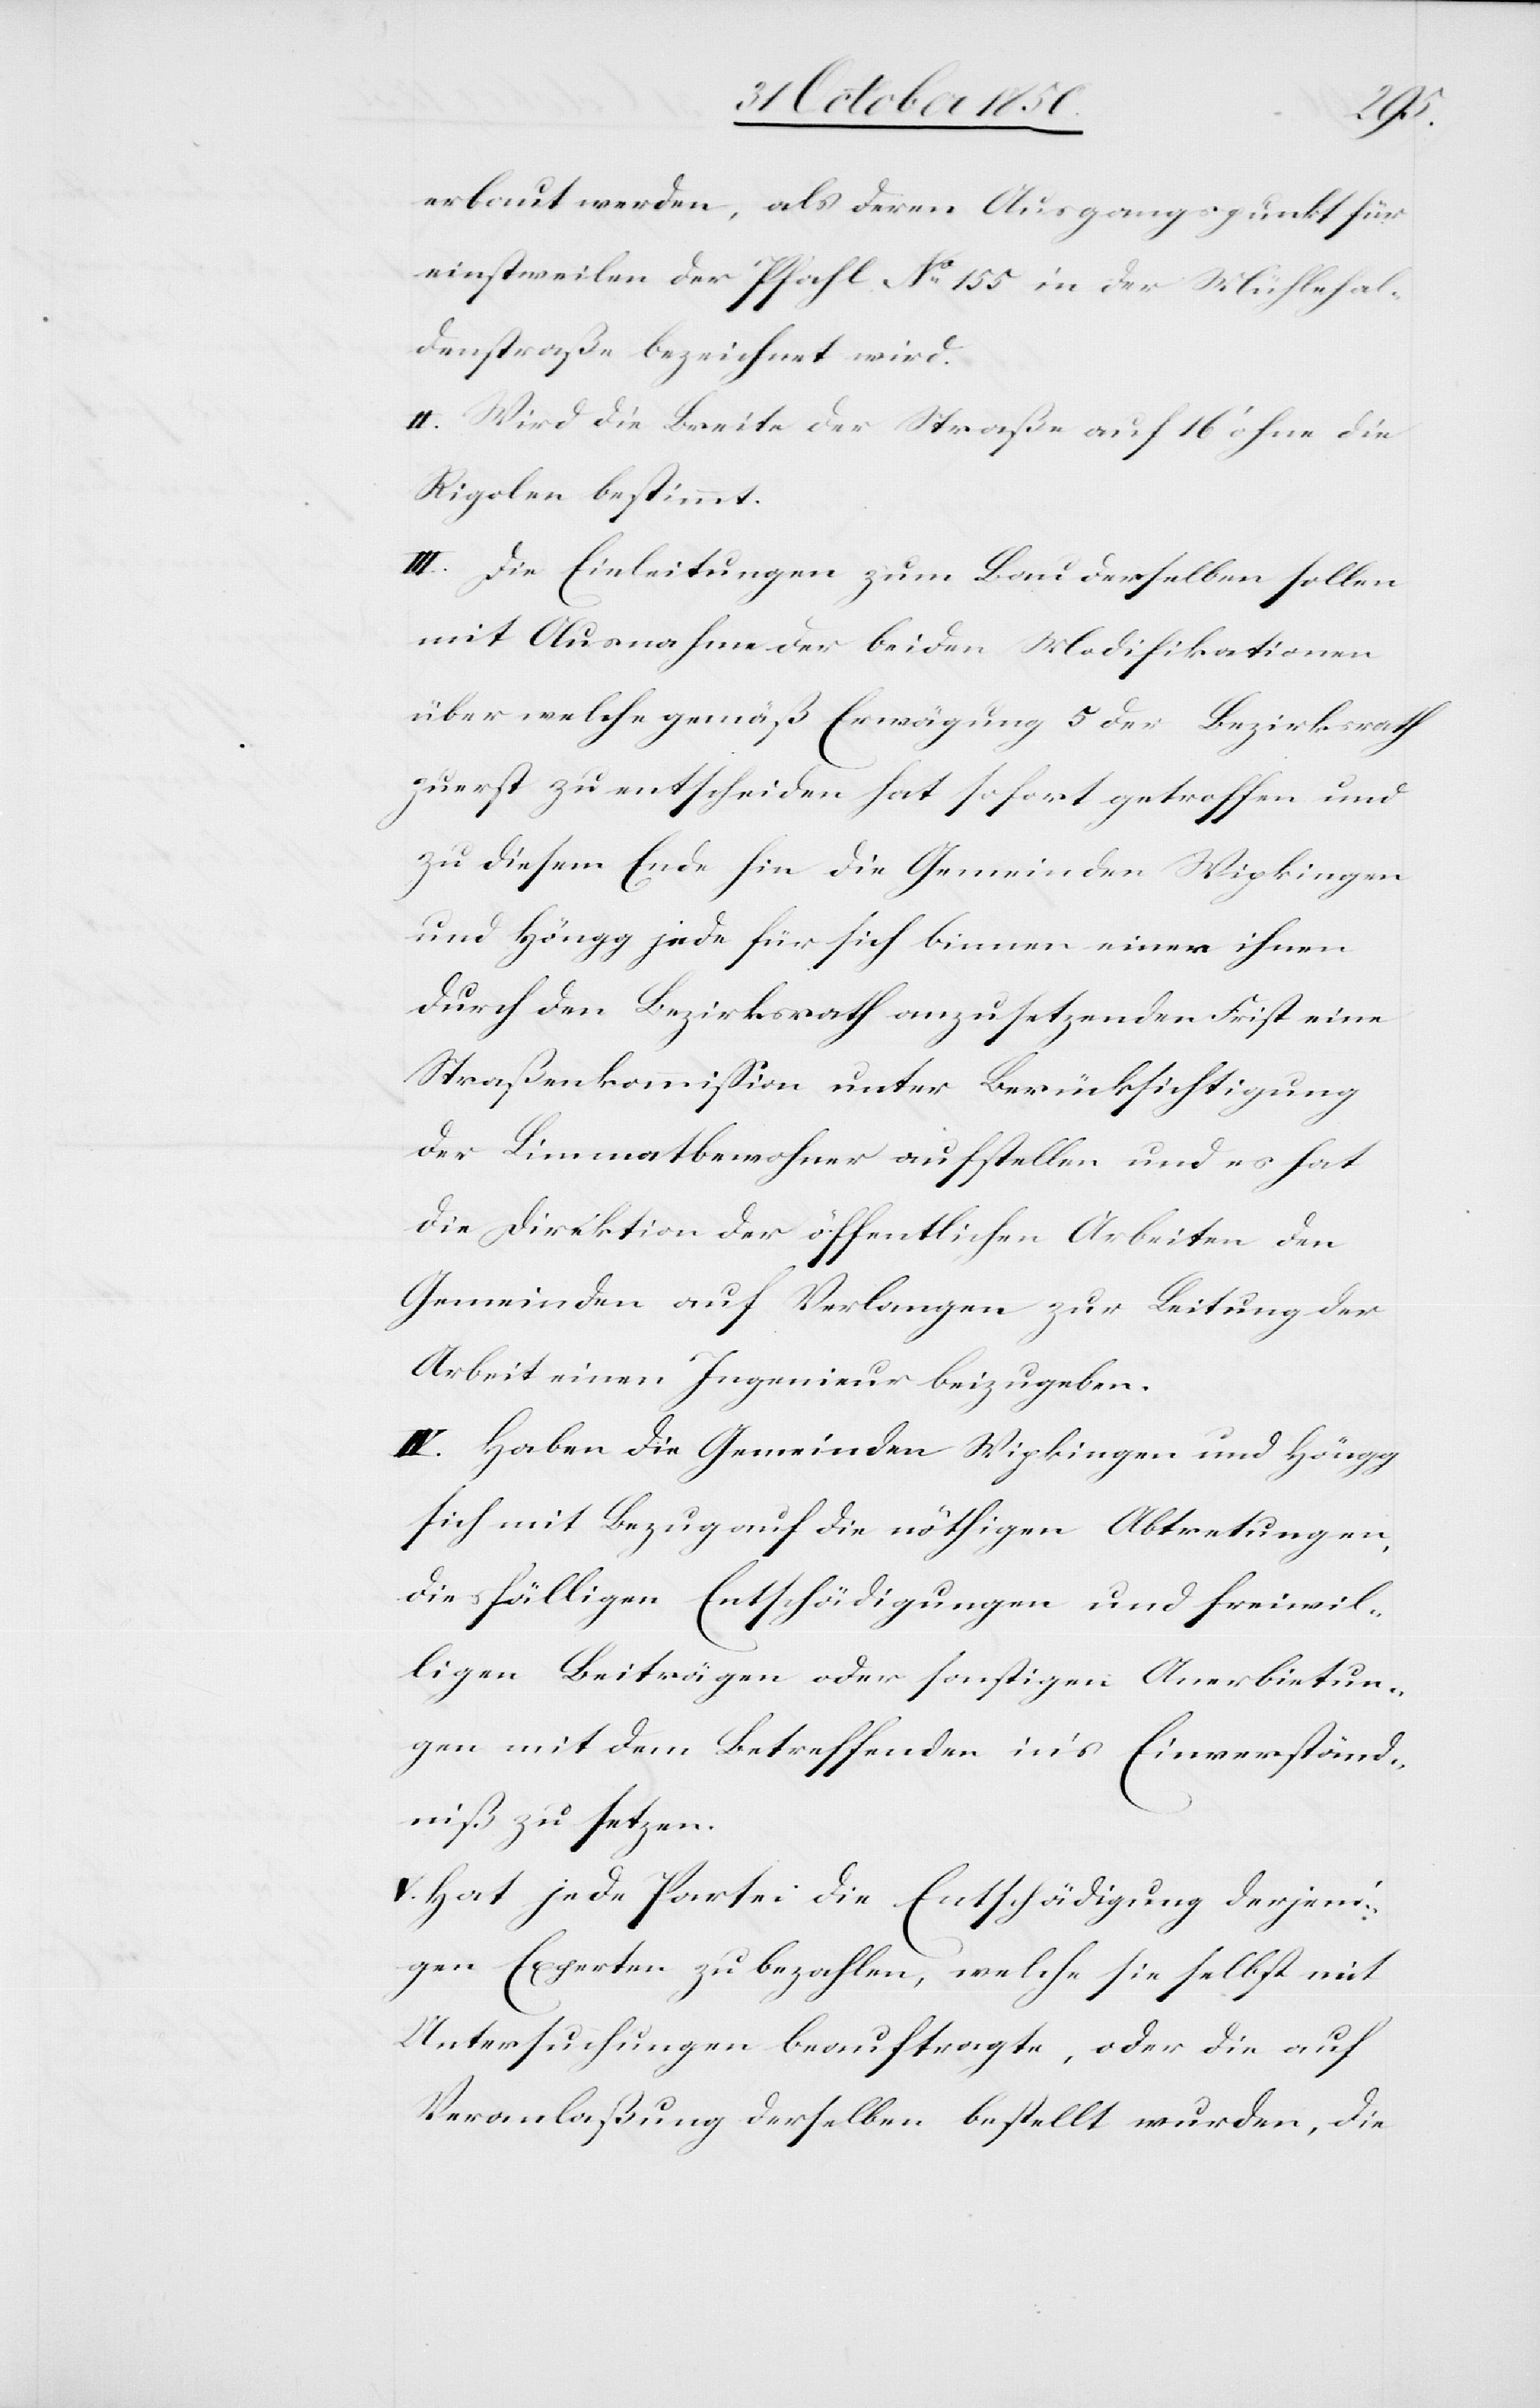
erbaut werden, als deren Ausgangspunkt für
einstweilen der Pfahl No 155 in der Mühlehal¬
denstraße bezeichnet wird.
II. Wird die Breite der Straße auf 16‘ ohne die
Rigolen bestimmt.
III. Die Einleitungen zum Bau derselben sollen
mit Ausnahme der beiden Modifikationen
über welche gemäß Erwägung 5 der Bezirksrath
zuerst zu entscheiden hat sofort getroffen und
zu diesem Ende hin die Gemeinden Wipkingen
und Höngg jede für sich binnen einer ihnen
durch den Bezirksrath anzusetzenden Frist eine
Straßenkommission unter Berücksichtigung
der Limmatbewohner aufstellen und es hat
die Direktion der öffentlichen Arbeiten den
Gemeinden auf Verlangen zur Leitung der
Arbeit einen Ingenieur beizugeben.
IV. Haben die Gemeinden Wipkingen und Höngg
sich mit Bezug auf die nöthigen Abtretungen,
diesfälligen Entschädigungen und freiwil¬
ligen Beiträgen oder sonstigen Anerbietun¬
gen mit dem Betreffenden in’s Einverständ¬
niß zu setzen.
V. Hat jede Partei die Entschädigung derjeni¬
gen Experten zu bezahlen, welche sie selbst mit
Untersuchungen beauftragte, oder die auf
Veranlaßung derselben bestellt wurden, die